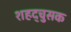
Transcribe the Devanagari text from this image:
शहद्चुसक